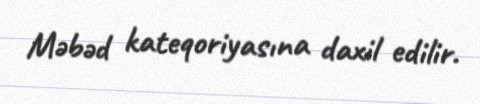
Məbəd kateqoriyasına daxil edilir.